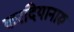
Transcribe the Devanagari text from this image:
करदियानारु